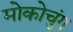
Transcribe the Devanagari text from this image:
मोकोचुंग